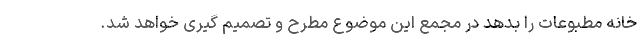
خانه مطبوعات را بدهد در مجمع این موضوع مطرح و تصمیم گیری خواهد شد.